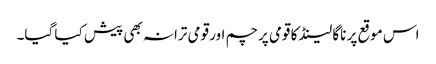
اس موقع پر ناگا لینڈ کا قومی پرچم اور قومی ترانہ بھی پیش کیا گیا۔